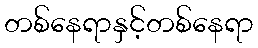
တစ်နေရာနှင့်တစ်နေရာ